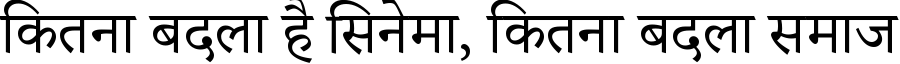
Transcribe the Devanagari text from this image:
कितना बदला है सिनेमा, कितना बदला समाज